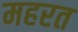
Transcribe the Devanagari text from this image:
महरत